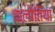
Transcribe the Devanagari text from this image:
कलोतिया